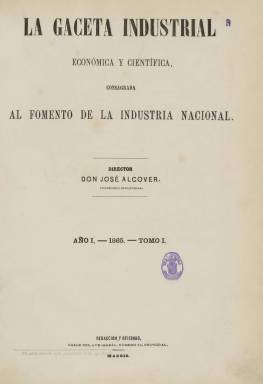
Título: La Gaceta industrial
Otros títulos: Gaceta industrial, económica y científica || Título de la portada de tomo: Gaceta industrial, económica y científca, consagrada al fomento de la industria nacional || Gaceta industrial económica y científica consagrada al fomento de la industria nacional y Revista de electricidad
Colección: Industria
Ámbito geográfico: Madrid
Lugar de publicación: Madrid
Fechas: 07/01/1865-25/12/1890

El siete de enero de 1865 comienza a publicarse esta revista, de larga vida, enmarcada en un afán divulgador del progreso técnico y la modernización industrial, como elementos clave del avance de las sociedades avanzadas, tal como señala David Petrel (2009) en el trabajo que la analiza. Fundada por José Alcover y Sallent (1832-1894), fue propiedad y estuvo dirigida durante treinta años por este ingeniero industrial catalán, afincado en Madrid y vinculado al Real Instituto Industrial y al Conservatorio de Artes y Oficios. La Gaceta industrial, con el subtítulo “económica y científica”, fue “consagrada al fomento de la industria nacional” –tal como aparece indicado en su cabecera – y “dedicada a la descripción de máquinas y procedimientos, e ilustrada con numerosos grabados de máquinas y aparatos”, en general, series de dibujos en línea de carácter descriptivo de máquinas nuevas de toda clase.

En un formato en folio, empezó apareciendo cada sábado durante su primer año; después, como decenal, lo hizo los días 10, 20 y 30 de cada mes; a partir de 1871, de nuevo como semanario, salía cada jueves, y, por último lo hará como quincenario, apareciendo los días 10 y 25 de cada mes. Compuesta a dos columnas, a partir del último año citado lo será a tres. Estampada en papel de calidad, primero lo fue en la imprenta de C. Moliner y Compañía, y, después en la de Manuel Tello, que se hará cargo también de la administración. Sus entregas empezaron siendo de ocho páginas, que después duplicó cuando se hizo decenal, siendo ampliadas posteriormente. Su foliación es continuada cada año, formando tomos anuales, y al final de cada uno de ellos inserta un índice, que al principio fue una recopilación de los sumarios de cada entrega, y, posteriormente, lo será alfabético por materias. En la colección de la Biblioteca Nacional de España falta completo el año 1868.

Tendrá secciones doctrinal, industrial, científica y bibliográfica, así como un Boletín tecnológico, una de Parte oficial, y las de Noticias generales o diversas, Variedades y Correspondencia. Inserta artículos relativos a las principales cuestiones técnicas de la industria manufacturera, pero también de la agricultura, los cultivos, la minería, el ferrocarril, la electricidad, y sobre todo a las patentes e invenciones. Así mismo, dedica espacio a los mercados industriales y a las novedades mecánicas, y promocionará y defenderá la actividad industrial. Incluirá anuncios comerciales.

Inserta colaboraciones de innumerables inventores, técnicos e industriales, tanto españoles como extranjeros, que difundieron las mejoras industriales, describieron las nuevas máquinas, anunciaron servicios de intermediación tecnológica, informaron de la implementación técnica en industrias, o aportaron crónicas sobre exposiciones tecnológicas nacionales e internacionales. Los ingenieros, técnicos e inventores españoles que colaboran en sus páginas encumbrarán en sus escritos a inventores como James Watt, George Stephenson, Thomas Alva Edison o Alexander Graham Bell. También en sus páginas se dieron a conocer en España los estudios del químico Luis Pasteur. (Pretel: 2009).

Señala también Petrel que la revista de Alcover estuvo enmarcada en la implantación durante la segunda mitad del siglo XIX de un programa de modernización económica, a través de una retórica positivista del desarrollo tecnológico e industrial, destacando en ella su contenido eminentemente práctico, facilitando las concesiones, además de las patentes de invención, de las marcas y modelos industriales en España y, en ocasiones en el extranjero, quedando la revista estrechamente vinculada al sistema de propiedad industrial.

Para ello, Alcover, como prolífico inventor y solicitante de patentes, también dirigió el Centro General de la Industria, con sucursal en Barcelona, dedicado, como representante único en España de varias casas, a proporcionar toda clase de máquinas y material para la industria (motores, bombas, prensas o molinos, entre otros artefactos), a la instalación completa de fábricas y talleres de todas clases, a consultas industriales, o a la exposición permanente de máquinas y aparatos industriales. También publicó monografías industriales en una colección titulada Biblioteca de la Gaceta Industrial.

La colección de este título culmina con la entrega del 25 de diciembre de 1890, correspondiente al XXVI año de su edición. Desde enero de ese año editaba también un suplemento con el título: Revista de electricidad. En 1891, se fusionará con la revista quincenal Ciencia eléctrica, que había estado publicándose el año anterior, dirigida por José Casas Barbosa (1846-1896), formando un nuevo título: Gaceta industrial y ciencia eléctrica. El diez de julio de ese año 1891, hubo una nueva modificación, apareciendo en su lugar la revista decenal Naturaleza, ciencia e industria, que con este título estará publicándose hasta 1893.También se conocen ediciones de 1875, 1876 y 1880 del Almanaque de la Gaceta industrial.

Además del trabajo de David Pretel, véase para este título y otras publicaciones de la misma naturaleza el elaborado por José Antonio Moreno Villanueva (2012).

----------------------

Los ejemplares de 1866, 1867, 1875 y 1876 carecen de portada y no se pueden diferenciar, por lo que se han agrupado todos los números de cada año en un único PDF. Faltan los de 1868.